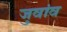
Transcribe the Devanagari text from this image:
जुवांव